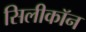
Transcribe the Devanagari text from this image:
सिलीकॉन